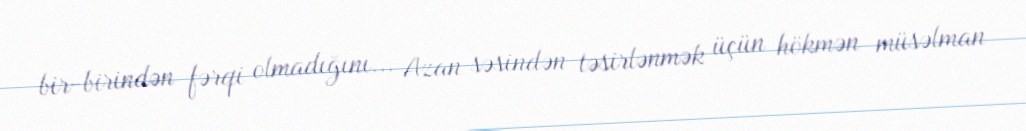
bir-birindən fərqi olmadığını... Azan səsindən təsirlənmək üçün hökmən müsəlman